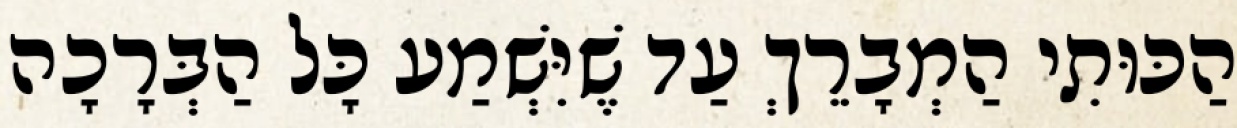
הַכּוּתִי הַמְבָרֵךְ עַד שֶׁיִּשְׁמַע כָּל הַבְּרָכָה